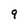
Character: 9